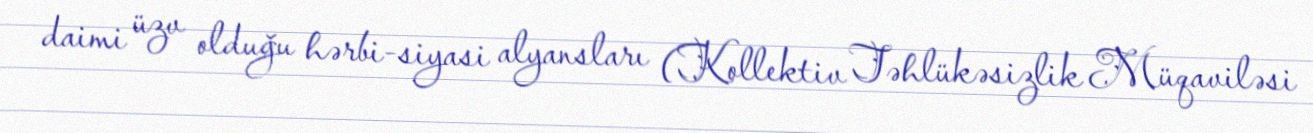
daimi üzv olduğu hərbi-siyasi alyansları (Kollektiv Təhlükəsizlik Müqaviləsi